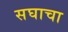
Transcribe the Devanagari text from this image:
सघाचा